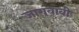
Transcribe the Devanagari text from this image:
जागवावी